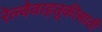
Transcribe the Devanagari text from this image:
रेल्वेवाहतूकीसाठी